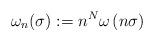
LaTeX: \begin{align*}\omega_n(\sigma):=n^N\omega\left(n\sigma\right)\end{align*}